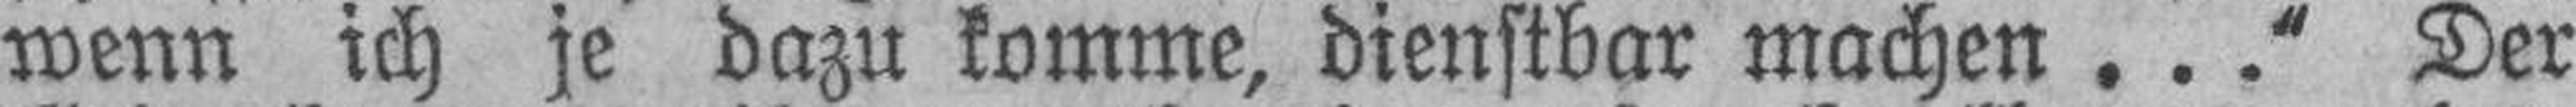
wenn ich je dazu komme, dienstbar machen ...“ Der